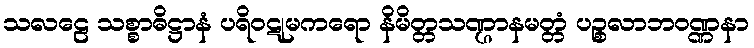
သလဠေ သစ္စာဓိဋ္ဌာနံ ပရိဝဋုမကရော နိမိတ္တသဏ္ဌာနမတ္တံ ပဉ္စလာဘဝဏ္ဏနာ